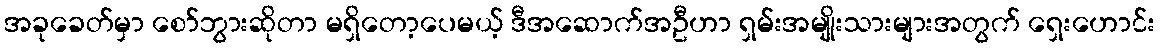
အခုခေတ်မှာ စော်ဘွားဆိုတာ မရှိတော့ပေမယ့် ဒီအဆောက်အဦဟာ ရှမ်းအမျိုးသားများအတွက် ရှေးဟောင်း